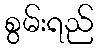
စွမ်းရည်